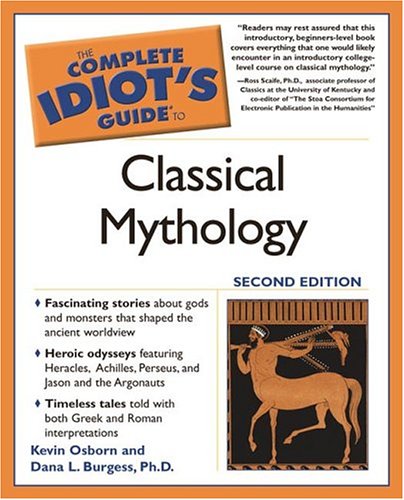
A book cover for The Complete Idiot's Guide to Classical Mythology, 2nd Edition (Complete Idiot's Guides (Lifestyle Paperback)); Kevin Osborn; Reference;